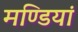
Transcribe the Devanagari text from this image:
मण्डियां